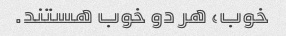
خوب، هر دو خوب هستند.